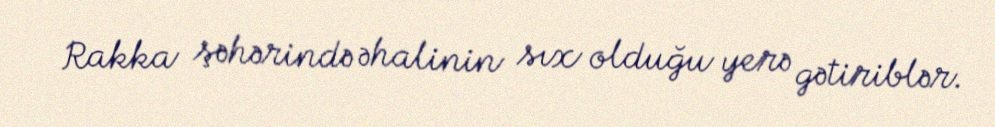
Rakka şəhərində əhalinin sıx olduğu yerə gətiriblər.